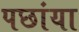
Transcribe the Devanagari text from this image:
पछांया